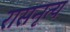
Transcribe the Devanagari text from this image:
रासनृत्य